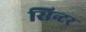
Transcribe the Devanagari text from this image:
सिन्टर